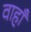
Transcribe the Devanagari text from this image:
वाहाँ